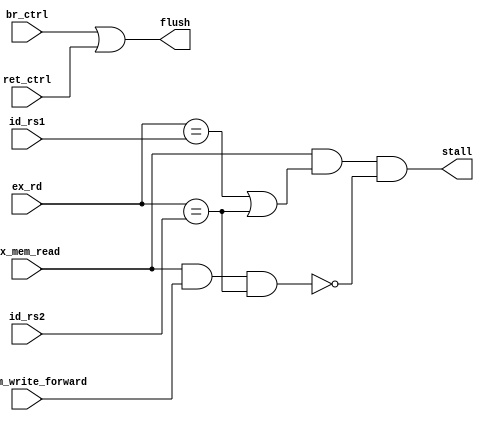
module hazard_detection(
    input  wire      ex_mem_read,
    input  wire[4:0] id_rs1,
    input  wire[4:0] id_rs2,
    input  wire[4:0] ex_rd,
    input  wire      br_ctrl,
    input  wire      ret_ctrl, // yjk add
    input  wire      id_mem_write_forward,
    output wire      stall,
    output wire      flush
);

wire load_stall;
assign load_stall      = ex_mem_read && (ex_rd == id_rs1 || ex_rd == id_rs2);
//detect load+store to avoid being stalled
assign stall_exception = ex_mem_read && id_mem_write_forward && (ex_rd == id_rs2);
assign flush           = br_ctrl | ret_ctrl;
assign stall           = load_stall && (~stall_exception);

endmodule